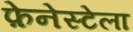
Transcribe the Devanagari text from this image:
फ़ेनेस्टेला